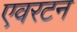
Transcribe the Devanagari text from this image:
एवरटन